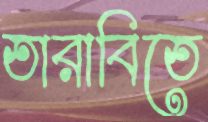
তারাবিতে